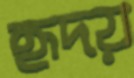
হৃদয়